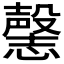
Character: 𰒘